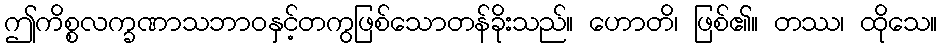
ဤကိစ္စလက္ခဏာသဘာဝနှင့်တကွဖြစ်သောတန်ခိုးသည်။ ဟောတိ၊ ဖြစ်၏။ တဿ၊ ထိုသေ။